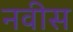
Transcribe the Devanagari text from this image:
नवीस